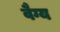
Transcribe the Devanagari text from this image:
वैग्य